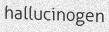
hallucinogen